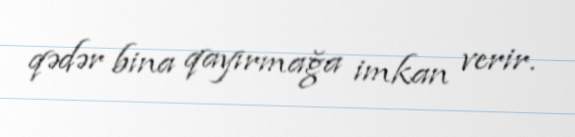
qədər bina qayırmağa imkan verir.